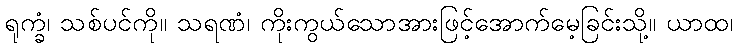
ရုက္ခံ၊ သစ်ပင်ကို။ သရဏံ၊ ကိုးကွယ်သောအားဖြင့်အောက်မေ့ခြင်းသို့။ ယာထ၊